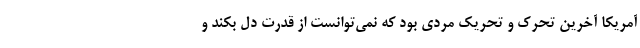
آمریکا آخرین تحرک و تحریک مردی بود که نمی‌توانست از قدرت دل بکند و